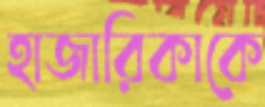
হাজারিকাকে